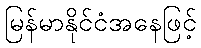
မြန်မာနိုင်ငံအနေဖြင့်